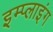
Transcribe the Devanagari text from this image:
इम्प्‍लाइंग